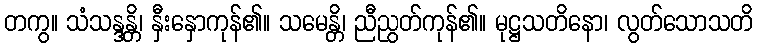
တကွ။ သံသန္ဒန္တိ၊ နှီးနှောကုန်၏။ သမေန္တိ၊ ညီညွတ်ကုန်၏။ မုဋ္ဌသတိနော၊ လွတ်သောသတိ